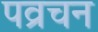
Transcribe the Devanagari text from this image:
पव्रचन